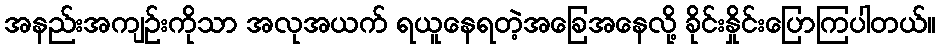
အနည်းအကျဉ်းကိုသာ အလုအယက် ရယူနေရတဲ့အခြေအနေလို့ ခိုင်းနှိုင်းပြောကြပါတယ်။